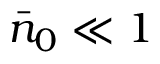
\bar { n } _ { 0 } \ll 1